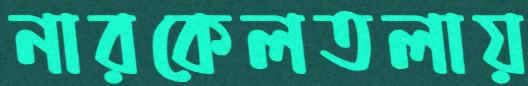
নারকেলতলায়